system: You are a helpful assistant.
user:
Analyze the provided spectrum to determine if it is a **White Dwarf (WD)**.

A White Dwarf spectrum is defined by its **extreme purity** (due to gravitational settling) and/or **extreme pressure broadening** (due to high surface gravity). You must check for one of the following mutually exclusive signatures:

- **Key Visual Indicators (Check for ONE of these types):**

    - **1. DA-Type Signature (Most Common):**
        - **(Primary Feature):** Extreme pressure broadening (Stark broadening) of the **Hydrogen (H) Balmer lines**.
        - **(Key Lines):** $H\beta$ (approx. $4861$ Å) and $H\gamma$ (approx. $4340$ Å). $H\alpha$ (approx. $6563$ Å) will also be present if the wavelength range covers it.
        - **(Line Profile):** This is the **defining feature**. The lines are **NOT** sharp. They appear as massive, **extremely broad and deep "troughs" or "dips"** in the spectrum, often hundreds of Ångströms wide. The continuum will appear to "scoop" down at these wavelengths.
        - **(Distinction):** Normal A-type or B-type stars have *narrow* and *sharp* Hydrogen lines. A DA White Dwarf's lines are unmistakably "smeared" or "blurry" from pressure.

    - **2. DB-Type Signature:**
        - **(Primary Feature):** Broad absorption lines from **Neutral Helium (He I)**. The spectrum must lack any visible Hydrogen lines.
        - **(Key Lines):** Look for broad absorption near $4471$ Å, $4921$ Å, and $5876$ Å.
        - **(Line Profile):** These lines are also significantly pressure-broadened, appearing much wider than they would in a normal B-type main-sequence star.

    - **3. DC-Type Signature:**
        - **(Primary Feature):** A **featureless continuous spectrum**.
        - **(Line Profile):** The spectrum is a smooth curve with **no significant absorption or emission lines**.
        - **(Key Confirmation):** The continuum is almost always **blue or white**, indicating a hot object. This signature implies the atmosphere is so pure (or so cool) that no spectral lines are visible in the optical range. Its WD identity is confirmed by its extremely low intrinsic brightness (high absolute magnitude).

    - **4. DZ-Type Signature (Metal-Polluted):**
        - **(Primary Feature):** **Isolated, narrow metal absorption lines** on an otherwise featureless (DC-like) continuum.
        - **(Key Lines):** The **Calcium (Ca II) H & K doublet** (approx. **$3934$ Å** and **$3968$ Å**) is the most common and defining feature.
        - **(Line Profile):** These lines are "out of place." They are *not* part of a "forest" of thousands of lines. This signature is evidence of recent *accretion* (pollution) from rocky debris.
        - **(Distinction):** Normal G/K/M stars have a *dense forest* of thousands of metal lines. A DZ has a *clean* continuum with *only a few* strong metal lines.

    - **5. DQ-Type Signature (Carbon-Polluted):**
        - **(Primary Feature):** Absorption bands from **Carbon (C₂ "Swan Bands" or atomic C I)**.
        - **(Key Lines - C₂):** Look for bandheads with a "saw-tooth" shape near $5635$ Å, **$5165$ Å** (strongest), and $4737$ Å.
        - **(Key Confirmation):** The underlying **continuum must be blue or white** (hot).
        - **(Distinction):** This is the critical difference from a **Carbon Star**, which has the *exact same* C₂ bands but on an extremely **red, cool** continuum.

- **(Overall Spectrum):**
    - The continuum (overall shape) is typically **blue-sloping** (brighter in the blue than the red), as most white dwarfs are very hot.
    - The spectrum will look "pure" or "simple," dominated by only *one* of the five signatures listed above.

Think first, call **spectral_visualization_tool** if needed to examine features in detail, then provide your final answer. Your response must adhere to the following strict rules:
1.  **Overall Structure:** Your response must follow the format `<think>...</think> <tool_call>...</tool_call> (if a tool is used) <answer>...</answer>`.
2.  **Tool Usage Constraint:** You may only make **one** tool call per turn.
3.  **Final Answer Format:** In the `<answer>` tag, your conclusion must be inside a `\boxed{}` command (e.g., `\boxed{YES}` or `\boxed{NO}`), followed by your justification.

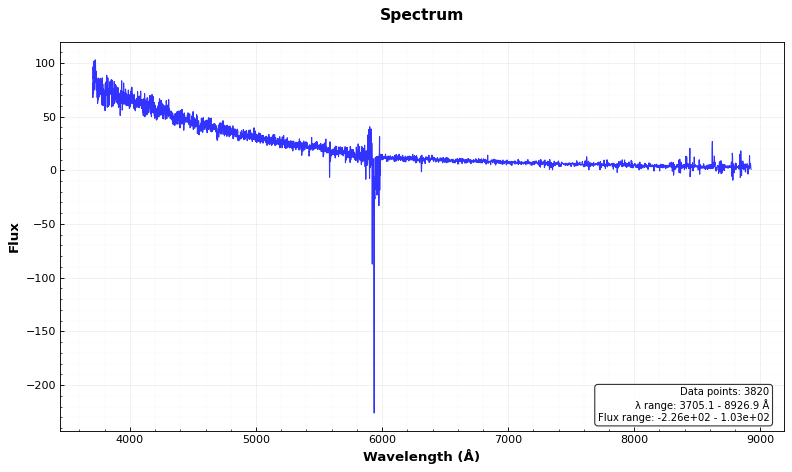
Answer: YES